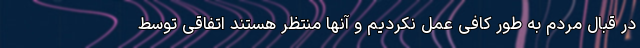
در قبال مردم به طور کافی عمل نکردیم و آنها منتظر هستند اتفاقی توسط